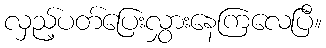
လှည့်ပတ်ပြေးလွှားနေကြလေပြီ။